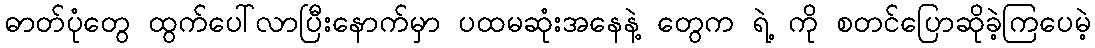
ဓာတ်ပုံတွေ ထွက်ပေါ်လာပြီးနောက်မှာ ပထမဆုံးအနေနဲ့ တွေက ရဲ့ ကို စတင်ပြောဆိုခဲ့ကြပေမဲ့